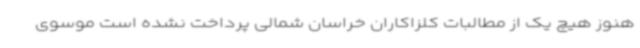
هنوز هیچ یک از مطالبات کلزاکاران خراسان شمالی پرداخت نشده است موسوی